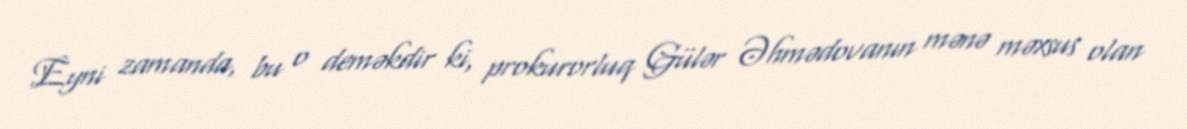
Eyni zamanda, bu o deməkdir ki, prokurorluq Gülər Əhmədovanın mənə məxsus olan